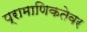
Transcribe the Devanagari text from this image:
प्रामाणिकतेवर